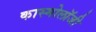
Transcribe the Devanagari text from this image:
कास्मोलॉजी